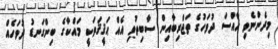
މިދެންނެވި ޚާއްސަ ދުވަހުގެ ތަޖްރިބާއިން ސާބިތުވި އެއް ޙަޤީޤަތަކީ މައްކާގެ ބިންގަނޑު ދުވަހެއް